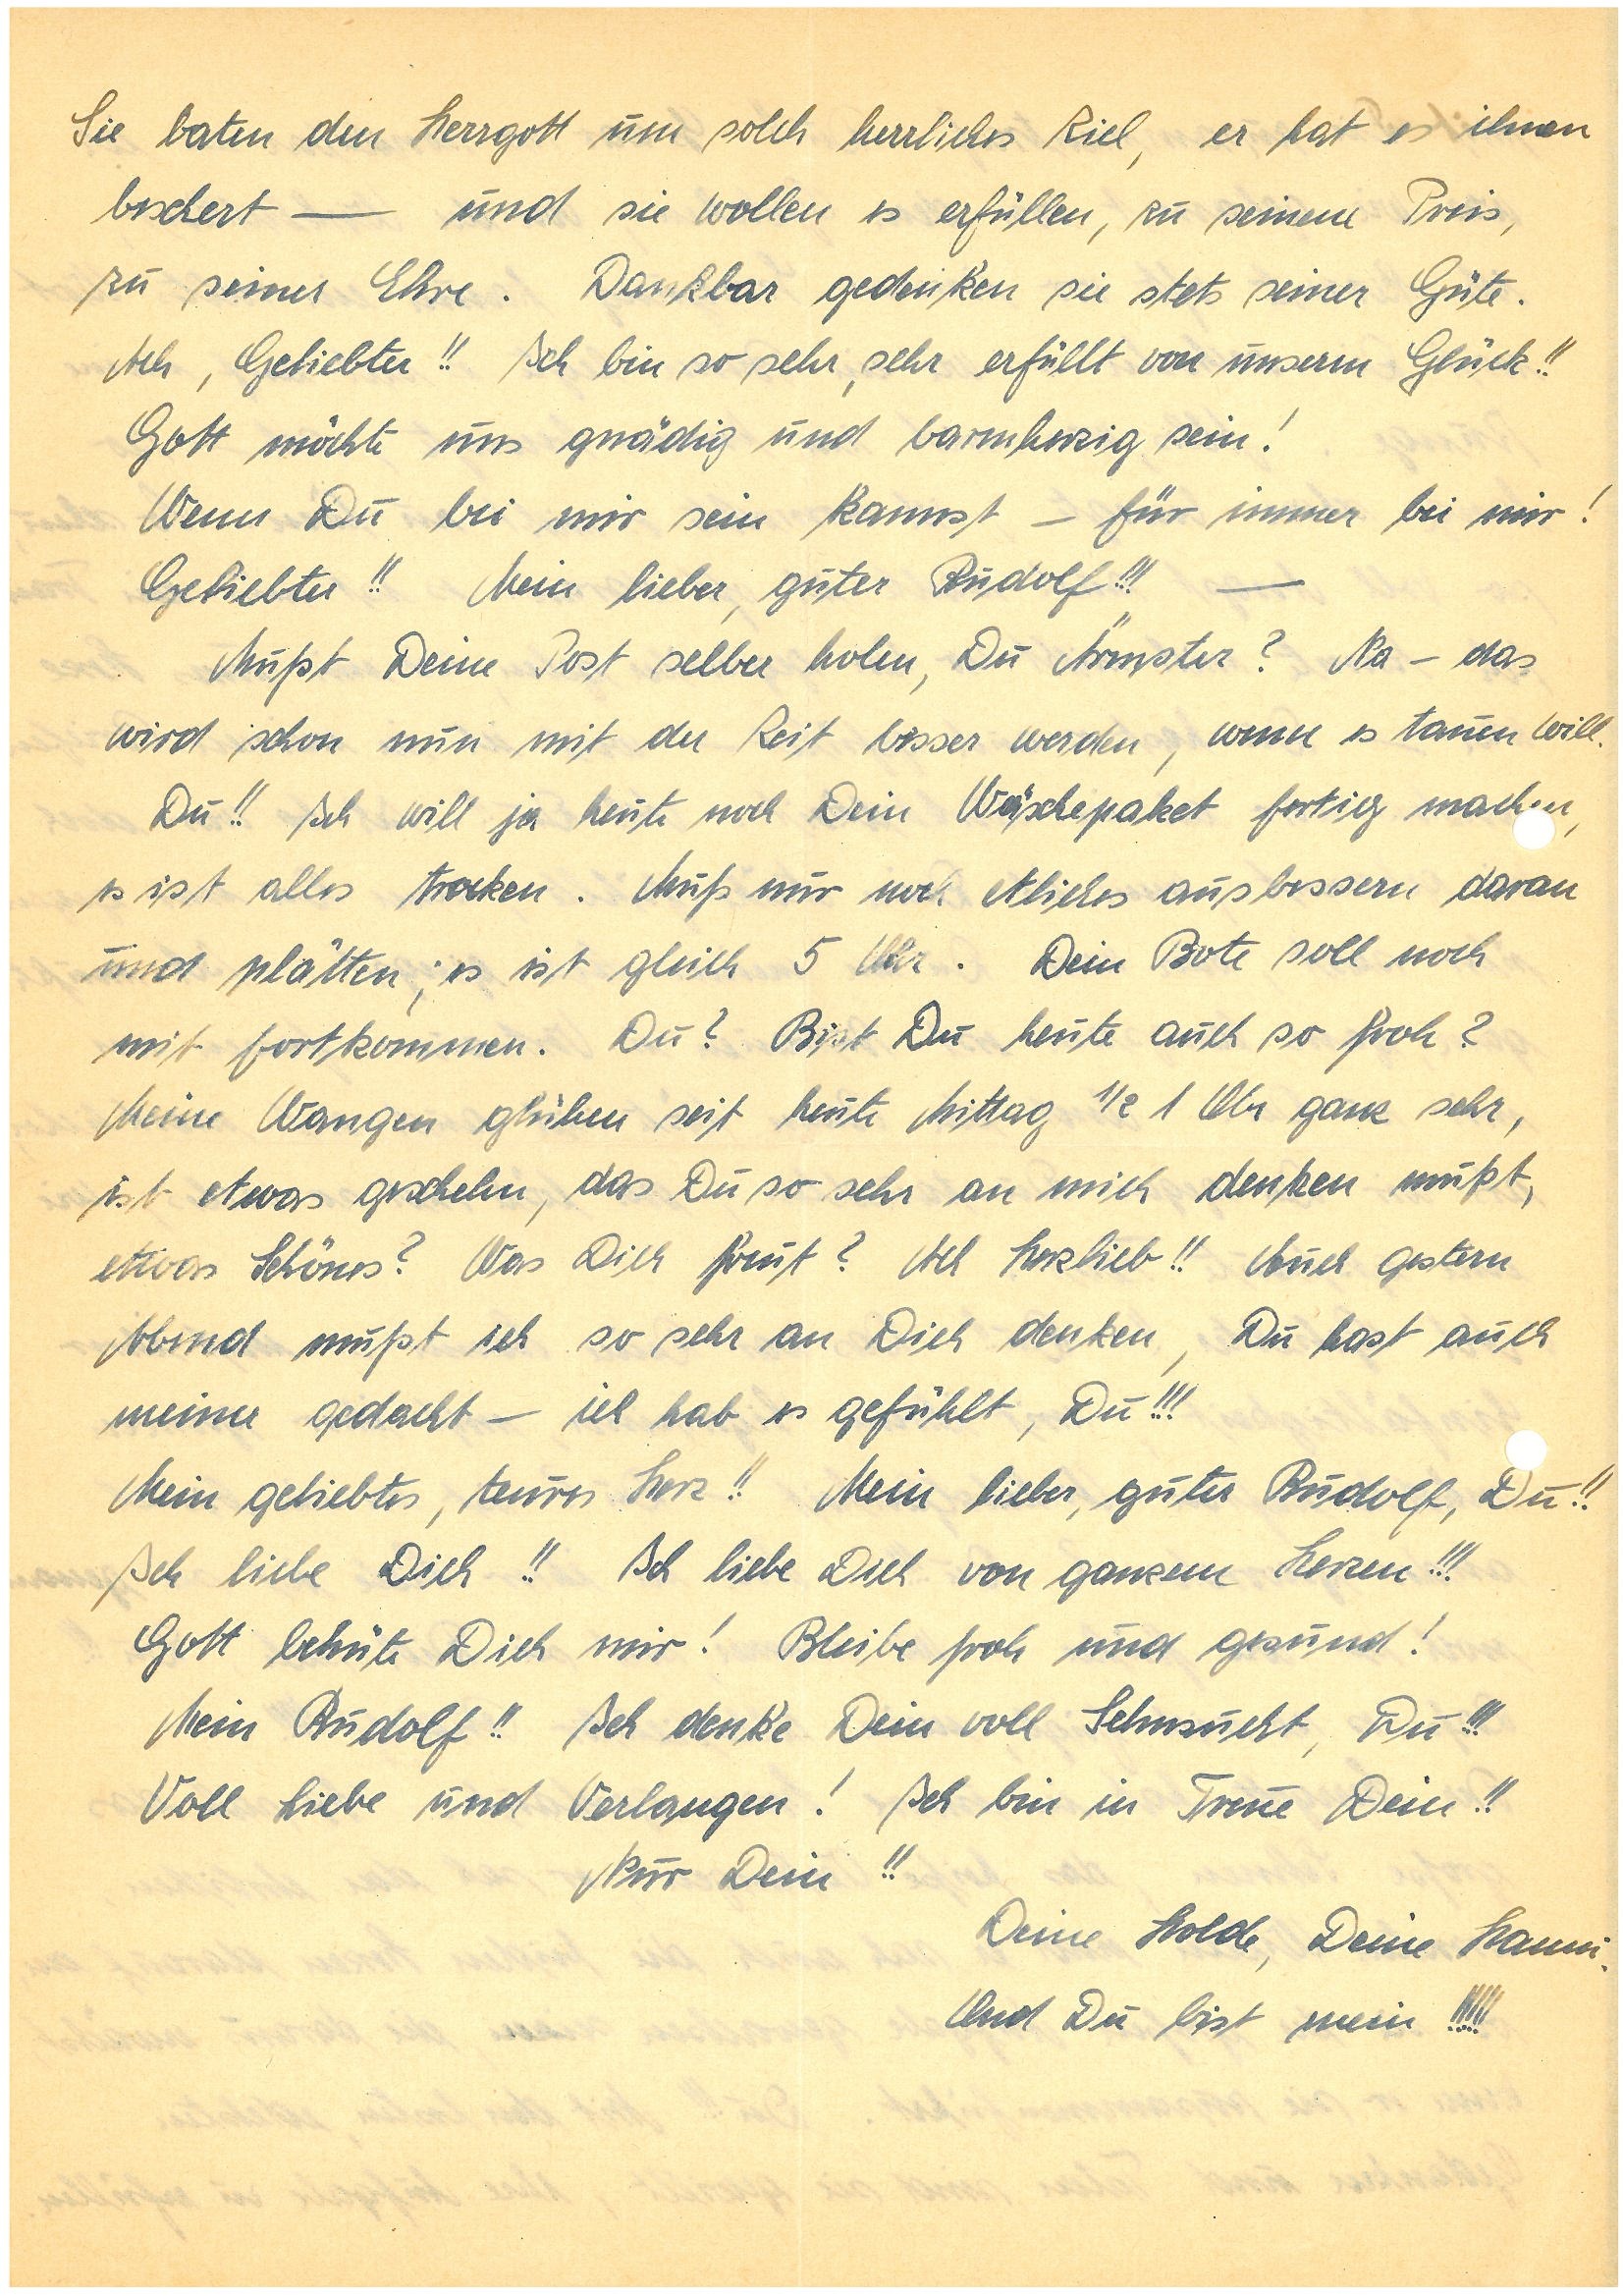
Sie baten den Herrgott um solch herrliches Ziel, er hat es ihnen
beschert – und sie wollen es erfüllen, zu seinem Preis,
zu seiner Ehre. Dankbar gedenken sie stets seiner Güte.
Ach, Geliebter!! Ich bin so sehr, sehr erfüllt von unserm Glück!!
Gott möchte uns gnädig und barmherzig sein!
Wenn Du bei mir sein kannst – für immer bei mir!
Geliebter!! Mein lieber, guter!!! –
Must Deine Post selber holen, Du Ärmster? Na – das
wird schon nun mit der Zeit besser werden, wenn es tauen will.
Du!! Ich will ja heute noch Dein Wäschepaket fertig machn,
es ist alles trocken. Muss nur noch etliches ausbessern daran
und plätten; es ist gleich 5 Uhr. Dein Bote soll noch
mit fortkommen. Du? Bist Du heute auch so froh?
Meine Wangen glühen seit heute Mittag ½ 1 Uhr ganz sehr,
ist etwas geschehn, das Du so sehr an mich denken mußt,
etwas Schönes? Was Dich freut? Ach Herzlieb!! Auch gestern
Abend mußte ich so sehr an Dich denken, Du hast auch
meiner gedacht – ich hab es gefühlt, Du!!!
Mein geliebtes, teures Herz!! Mein lieber, guter , Du!!
Ich liebe Dich!! Ich liebe Dich von ganzem Herzen!!!
Gott behüte Dich mir! Bleibe froh und gesund!
Mein !! Ich denke Dein voll Sehnsucht, Du!!!
Voll Liebe und Verlangen! Ich bin in Treue Dein!!
Nur Dein!!
Deine Holde, Deine.
Und Du bist mein!!!!!